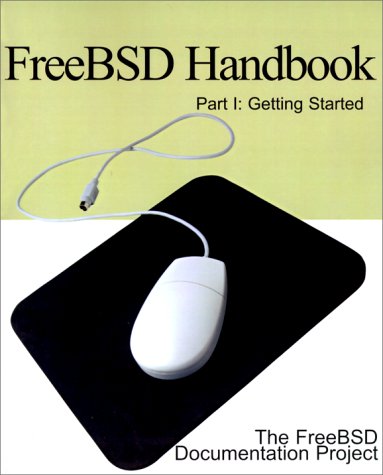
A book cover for Freebsd Handbook: Getting Started (FreeBSD Handbooks); FreeBSD Documentation Project; Computers & Technology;